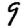
Digit: 9